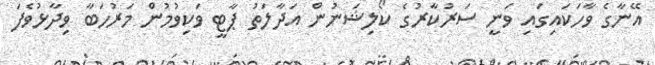
އޭނާގެ ވާހަކައިގައި ވަނީ ސަރުކާރުގެ ކޯލިޝަނުން އަދާލަތު ޕާޓީ ވަކިވުމުން މަރުހަބާ ވިދާޅުވެފަ